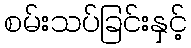
စမ်းသပ်ခြင်းနှင့်